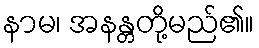
နာမ၊ အနန္တတို့မည်၏။